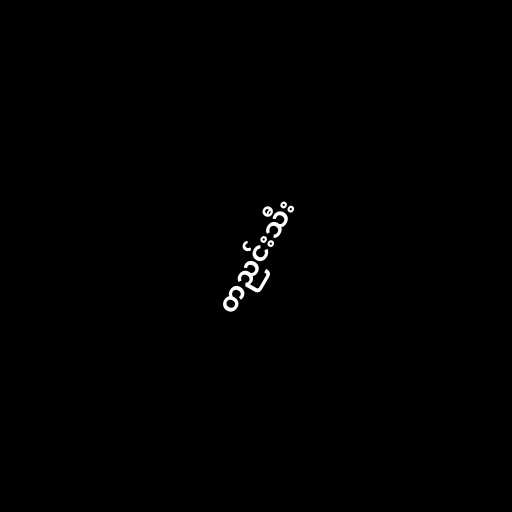
တညင်းသီး